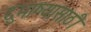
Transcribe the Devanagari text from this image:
दुभाष्यासाठी